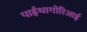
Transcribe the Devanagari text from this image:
पाईथागोरिआई